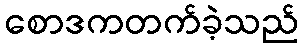
စောဒကတက်ခဲ့သည်